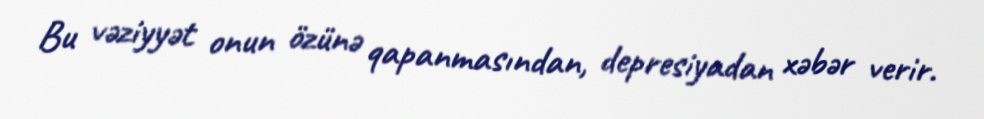
Bu vəziyyət onun özünə qapanmasından, depresiyadan xəbər verir.